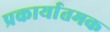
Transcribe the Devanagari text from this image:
प्रकार्यातमक